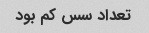
تعداد سس کم بود